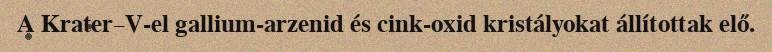
A Krater–V-el gallium-arzenid és cink-oxid kristályokat állítottak elő.